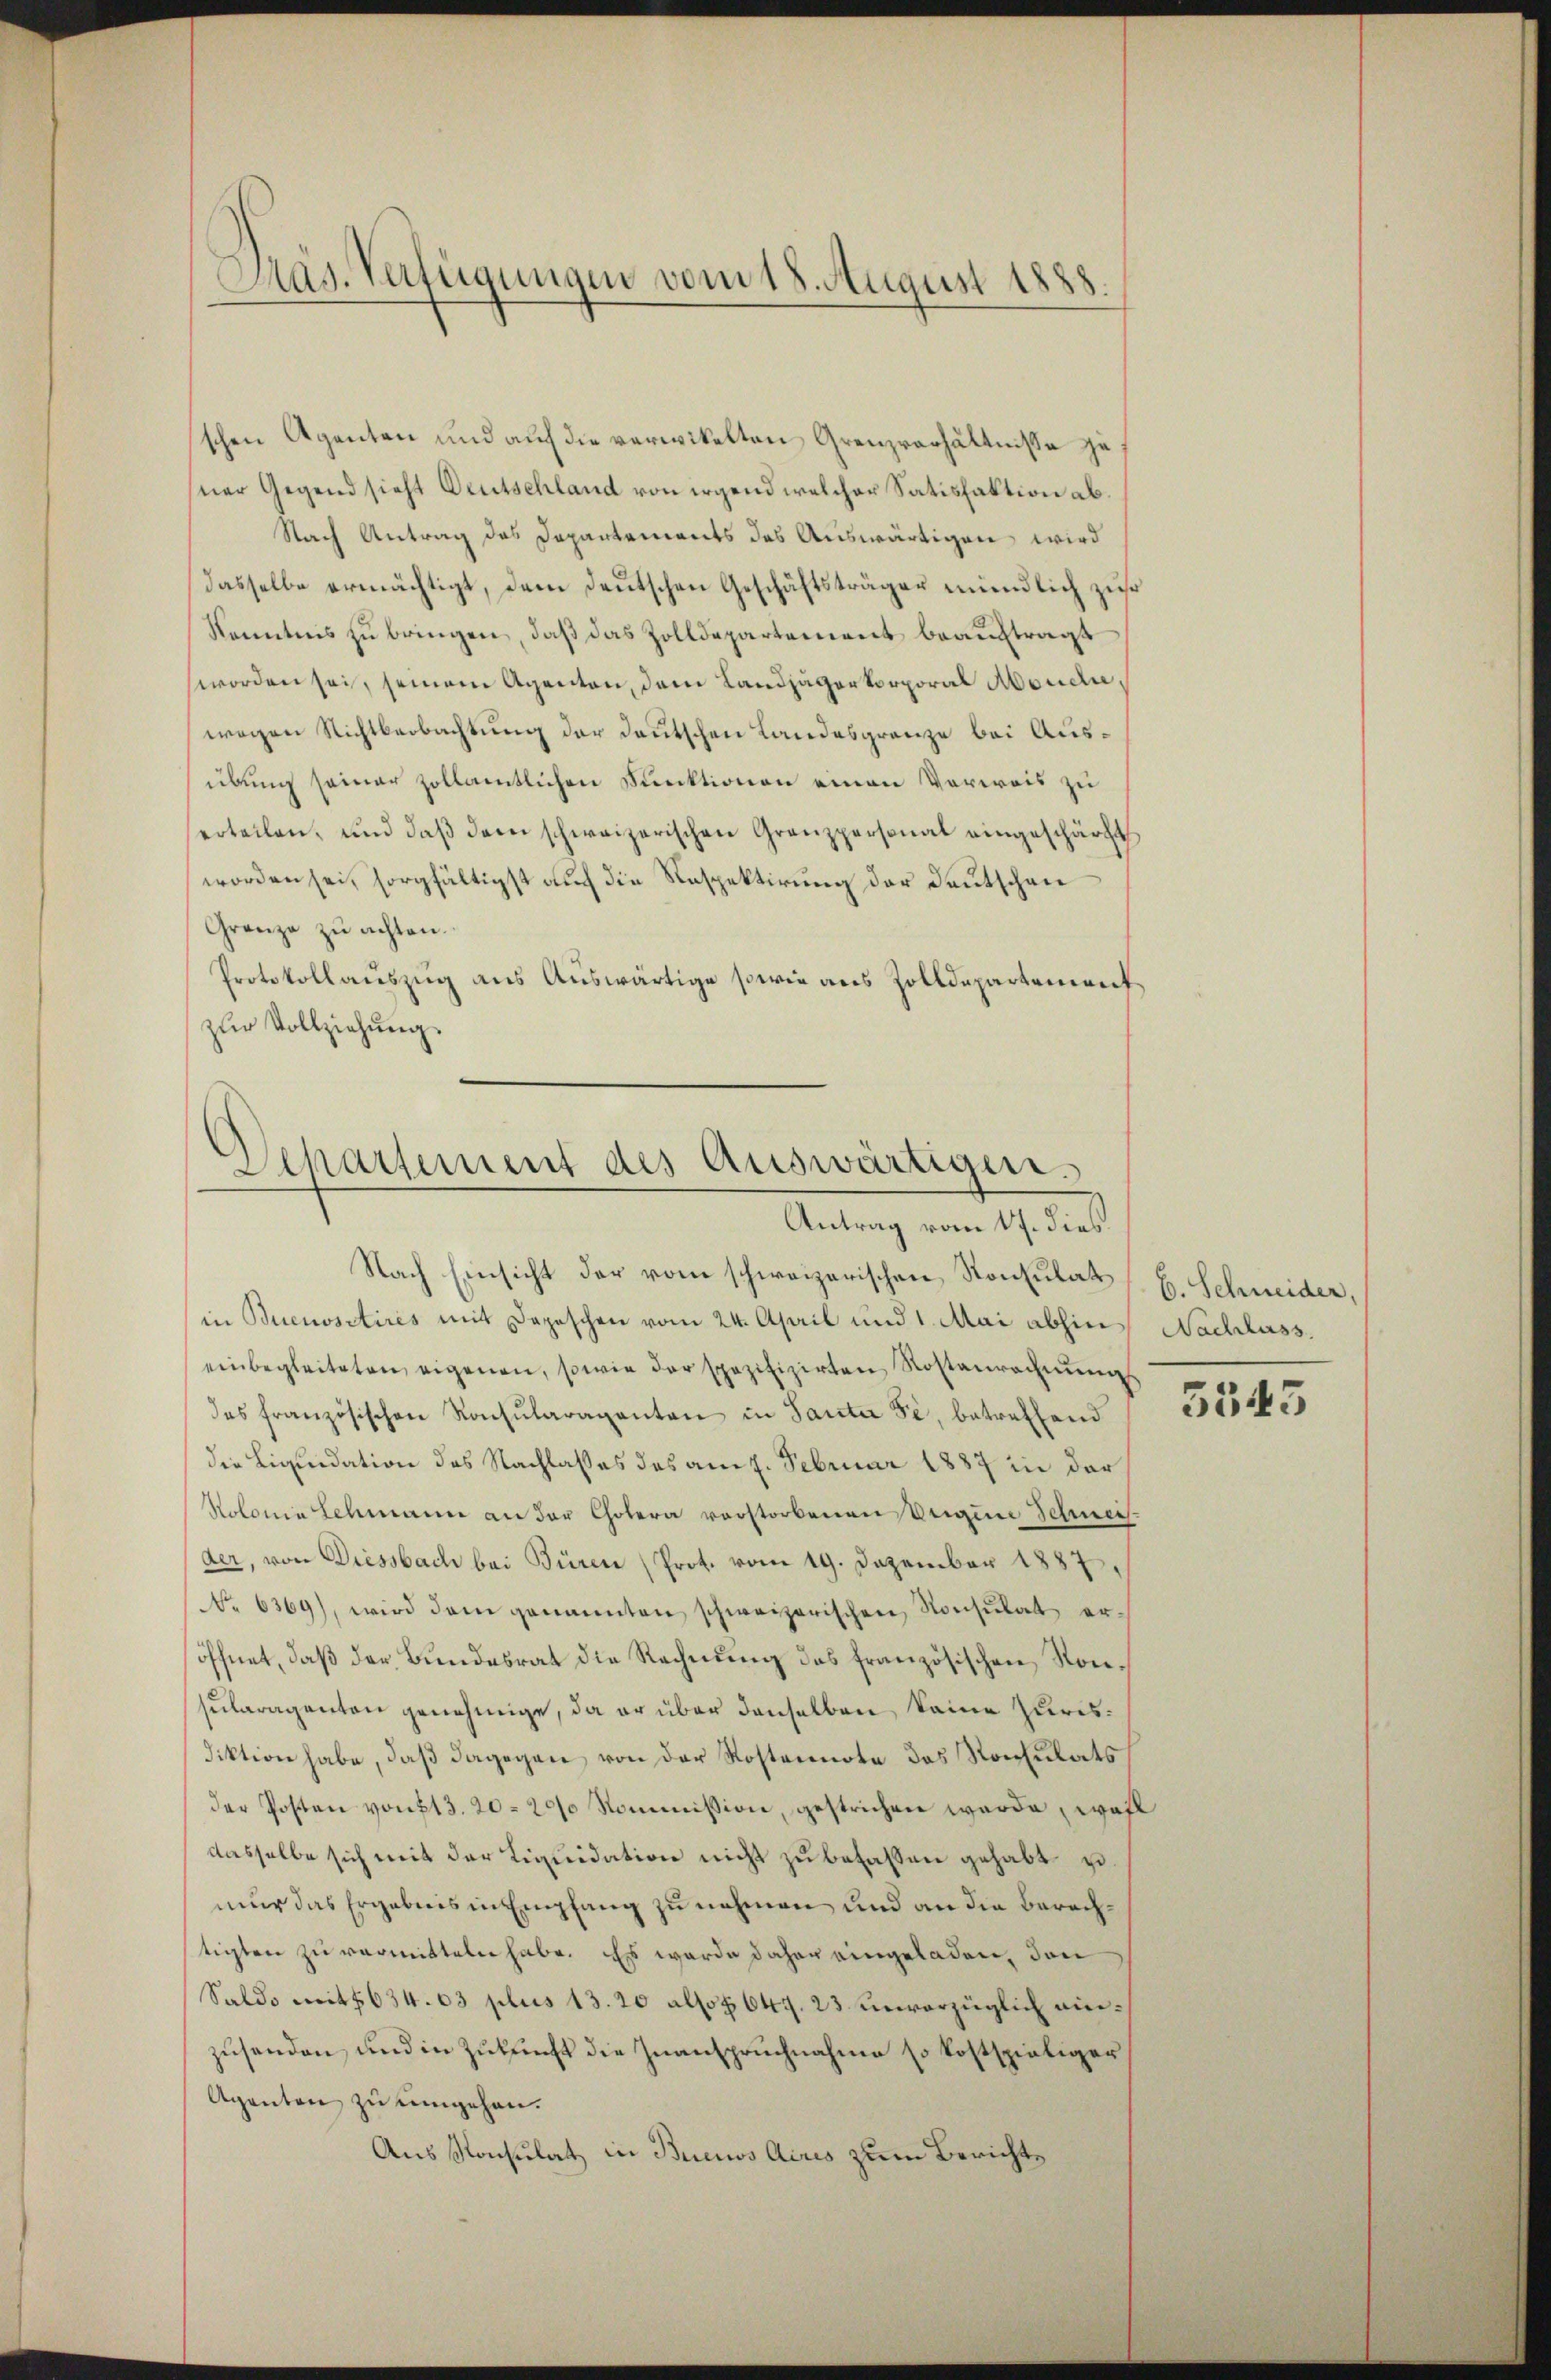
Pras. Verfügungen vom 18. August 1888.

sschen Agenten und auf die verwikelten Grenzverhältnisse zu
sner Gegend sieht Deutschland von irgend welcher Satisfaktion ab¬
Nach Antrag des Departements des Auswärtigen wird
dasselbe ermächtigt, dem deŭtschen Geschäftsträger eindlich zuse
Kenntnis zu bringen, daß das Zolldepartement beauftragt
worden sei, seinem Agenten, dem Landjägerkorporal Moudli,
wegen Richtbeobachtung der deutschen Landesgrenze bei Ausübung seiner zollamtlichen Funktionen einen Verweis zu
erteilen, und daß dem schweizerischen Grenzpersonal eingeschärft
worden sei, sorgfältigst auch die Respektirung der Deutschen
Grenze zu achten.
Protokollauszug aus Auswärtige sowie aus Zolldepartement
zŭr Vollziehung.

Separtement des Auswärtigen.
Antrag vom 17. dies

Nach Einsicht der vom schweizerischen Konsulat (s. Schneider,
in Buenositires mit Depeschen vom 24. April und 1. Mai abhin Nachhass
einbegleiteten eigenen, sowie der spezifizirten Rostenrechnŭng
des französischen Konsŭlaraganten in Saute si, betreffend
die Liquidation des Nachlasses des am 7. Februar 1887 in der
Nolonia Schmann an der Cholera verstorbenen Vergine Schneis-
der, von Diessbach bei Büren (Prot. vom 19. Dezember 1887.
No 6369), wird dem genannten schweizerischen Konsulat eröffnet, daß der Bundesrat die Rechnung des französischen Konsularagenten genehmige, da er über denselben keine Purisdiktion habe, daß dagegen von der Rostennote des Konsulats
der Posten von 13. 20. 200 Kommission, gestrichen werde, wohl
dasselbe sich mit der Liquidation nicht zu befassen gehabt u.
nur das Ergebnis in Empfang zu nehmen und an die Berechstigten zu vermitteln habe. Es wurde daher eingeladen, den
Saldo mit 1634. 63 plus 13. 20 also 647. 23. unvorzüglich einzusenden, und in Zukunft die Zuanspruchnahme so kostspieliger
Agenten zu umgehen.
Aus Konsulat in Buenos Aires zum Berichte

5545